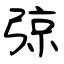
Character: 弶